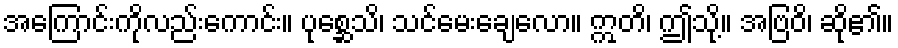
အကြောင်းကိုလည်းကောင်း။ ပုစ္ဆေသိ၊ သင်မေးချေလော။ ဣတိ၊ ဤသို့။ အဗြဝိ၊ ဆို၏။